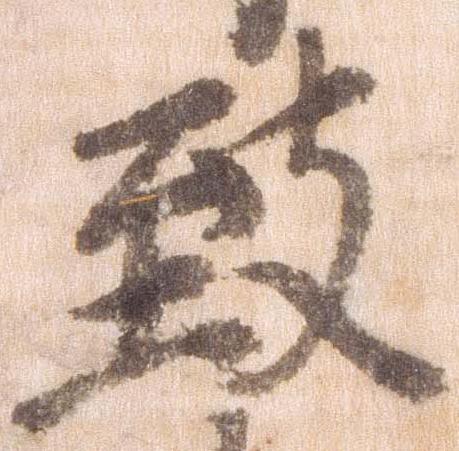
致